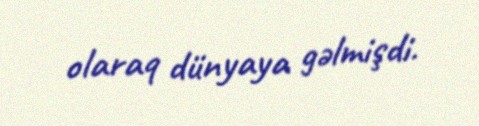
olaraq dünyaya gəlmişdi.